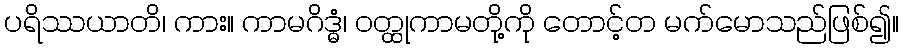
ပရိဿယာတိ၊ ကား။ ကာမဂိဒ္ဓံ၊ ဝတ္ထုကာမတို့ကို တောင့်တ မက်မောသည်ဖြစ်၍။